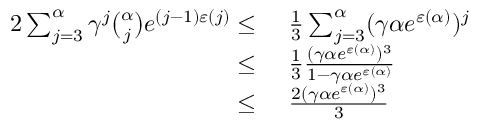
\begin{array} { r l } { 2 \sum _ { j = 3 } ^ { \alpha } \gamma ^ { j } \binom { \alpha } { j } e ^ { ( j - 1 ) \varepsilon ( j ) } \leq } & { \ \frac { 1 } { 3 } \sum _ { j = 3 } ^ { \alpha } ( \gamma \alpha e ^ { \varepsilon ( \alpha ) } ) ^ { j } } \\ { \leq } & { \ \frac { 1 } { 3 } \frac { ( \gamma \alpha e ^ { \varepsilon ( \alpha ) } ) ^ { 3 } } { 1 - \gamma \alpha e ^ { \varepsilon ( \alpha ) } } } \\ { \leq } & { \ \frac { 2 ( \gamma \alpha e ^ { \varepsilon ( \alpha ) } ) ^ { 3 } } { 3 } } \end{array}